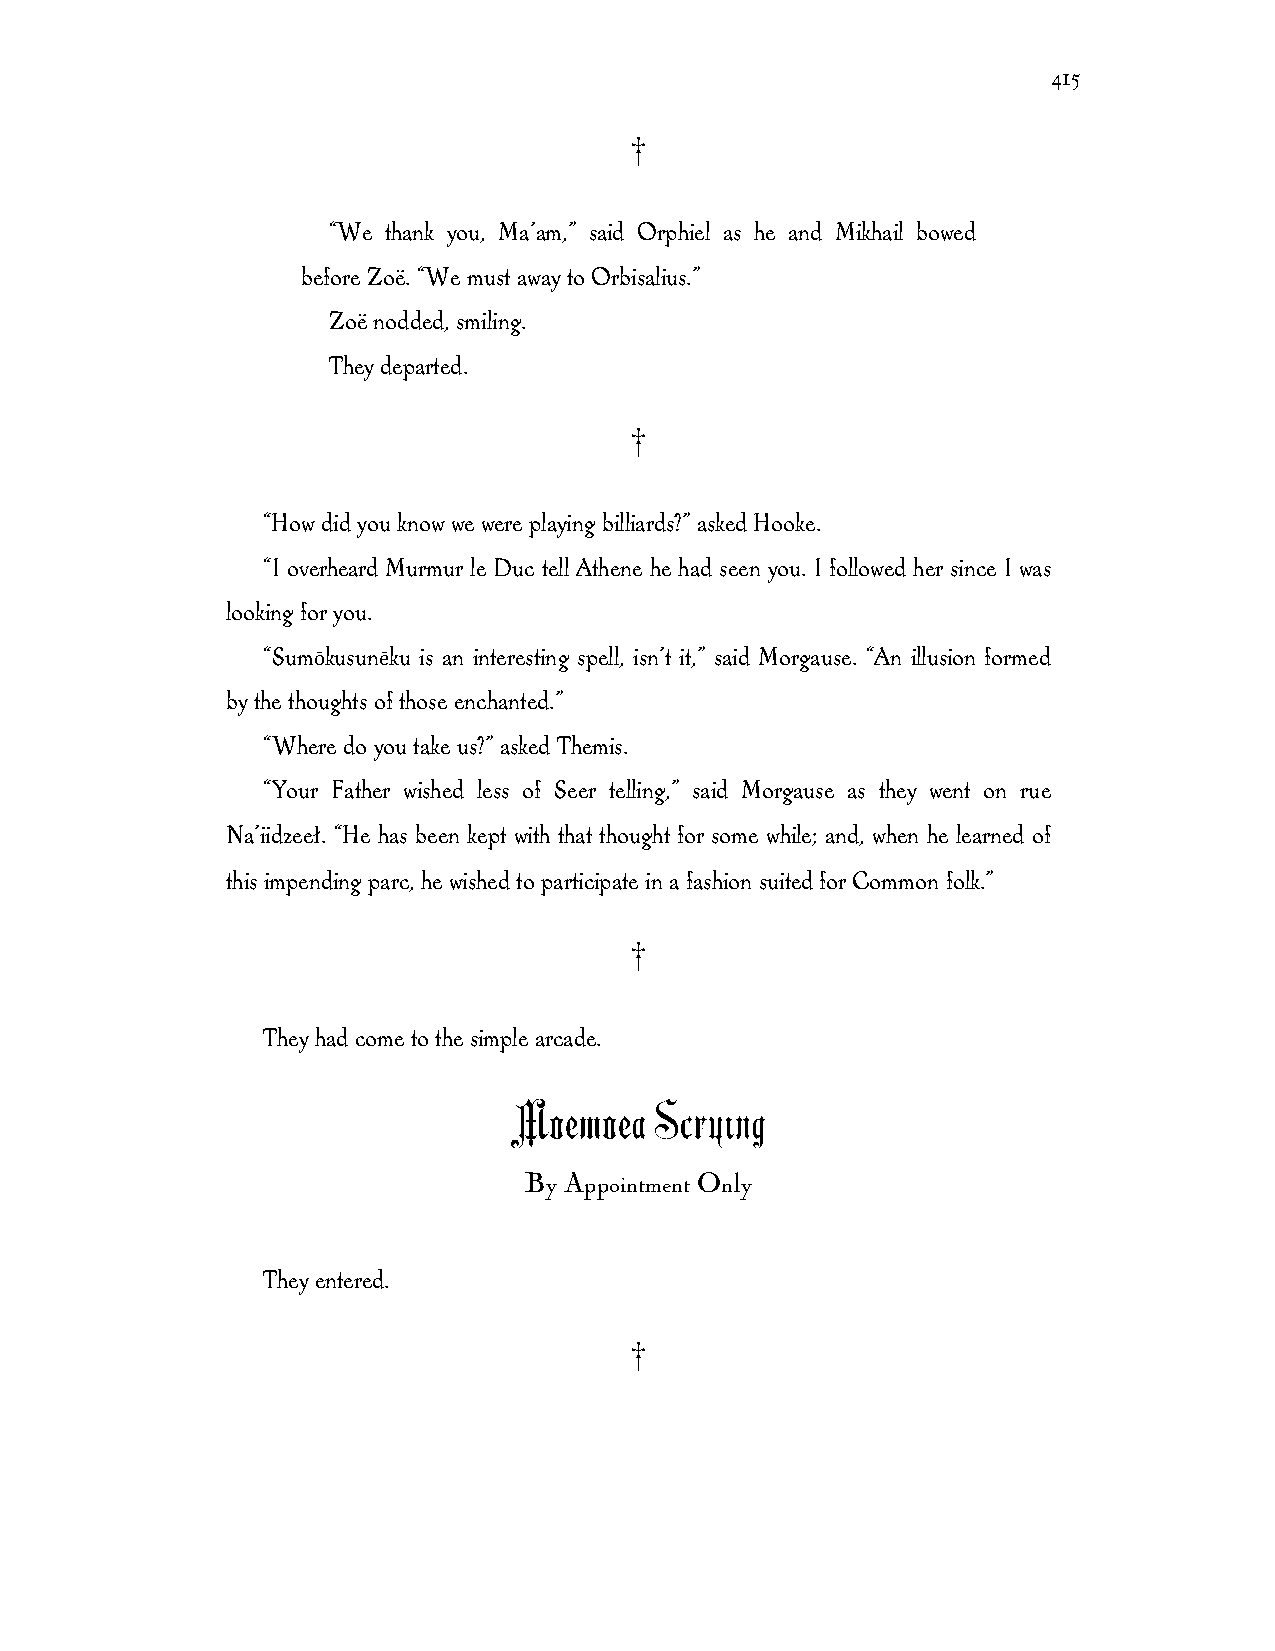
415
 †
 “We thank you, Ma’am,” said Orphiel as he and Mikhail bowed
 before Zoë. “We must away to Orbisalius.”
 Zoë nodded, smiling.
 They departed.
 †
 “How did you know we were playing billiards?” asked Hooke.
 “I overheard Murmur le Duc tell Athene he had seen you. I followed her since I was
 looking for you.
 “Sumōkusunēku is an interesting spell, isn’t it,” said Morgause. “An illusion formed
 by the thoughts of those enchanted.”
 “Where do you take us?” asked Themis.
 “Your Father wished less of Seer telling,” said Morgause as they went on rue
 Na’iidzeeł. “He has been kept with that thought for some while; and, when he learned of
 this impending parc, he wished to participate in a fashion suited for Common folk.”
 †
 They had come to the simple arcade.
 Moemoea  Scrying
 By Appointment Only
 They entered.
 †